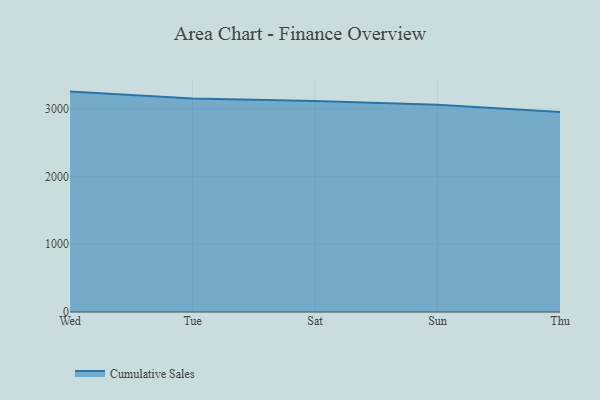
{"axis": {"x": "Day", "y": "Temperature (°C)"}, "legend": ["Cumulative Sales"], "data": [{"x": "Wed", "y": 3253.9, "type": "Cumulative Sales"}, {"x": "Tue", "y": 3151.1, "type": "Cumulative Sales"}, {"x": "Sat", "y": 3115.8, "type": "Cumulative Sales"}, {"x": "Sun", "y": 3061.2, "type": "Cumulative Sales"}, {"x": "Thu", "y": 2952.7, "type": "Cumulative Sales"}]}